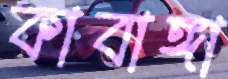
কাবাঙ্গা